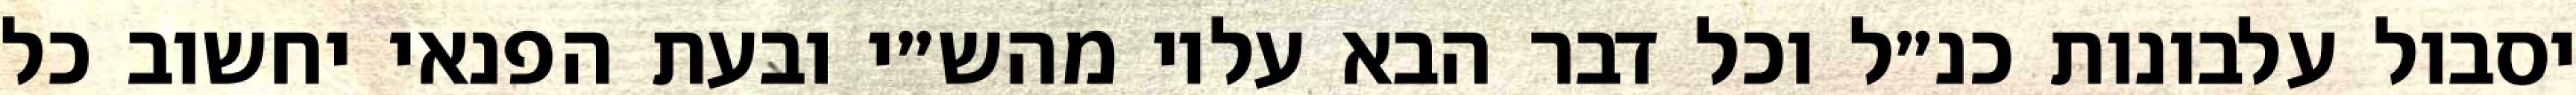
יסבול עלבונות כנ״ל וכל דבר הבא עליו מהש״י ובעת הפנאי יחשוב כל